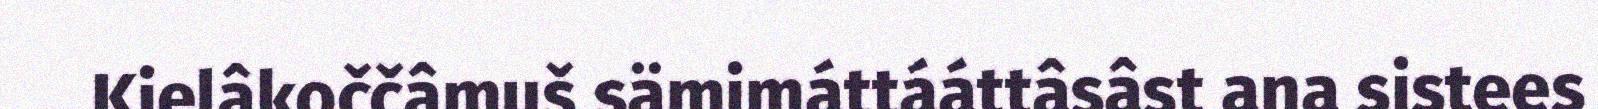
Kielâkoččâmuš sämimáttááttâsâst ana sistees